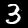
Digit: 3